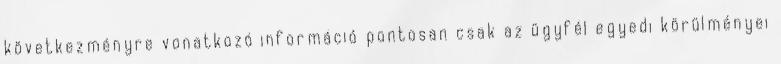
következményre vonatkozó információ pontosan csak az ügyfél egyedi körülményei